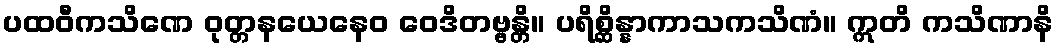
ပထဝီကသိဏေ ဝုတ္တနယေနေဝ ဝေဒိတဗ္ဗန္တိ။ ပရိစ္ဆိန္နာကာသကသိဏံ။ ဣတိ ကသိဏာနိ